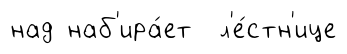
над наб'ира́ет л'е́стн'ице